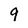
Character: 9